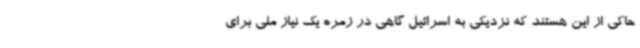
حاکی از این هستند که نزدیکی به اسرائیل گاهی در زمره یک نیاز ملی برای